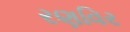
રણવિર